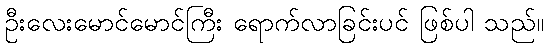
ဦးလေးမောင်မောင်ကြီး ရောက်လာခြင်းပင် ဖြစ်ပါ သည်။